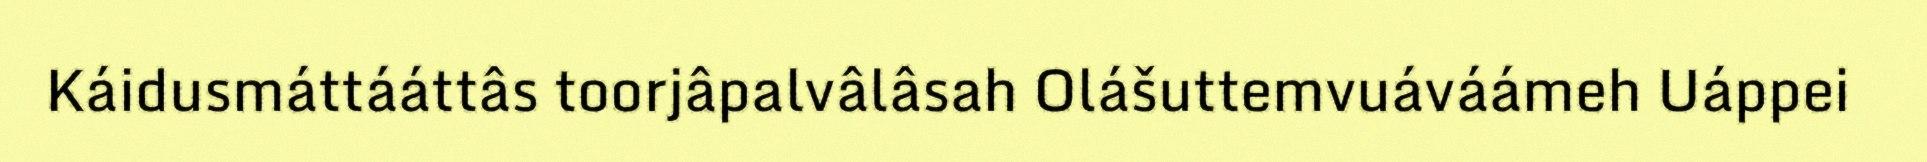
Káidusmáttááttâs toorjâpalvâlâsah Olášuttemvuáváámeh Uáppei